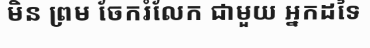
មិន ព្រម ចែករំលែក ជាមួយ អ្នកដទៃ